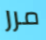
مرر